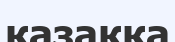
қазаққа